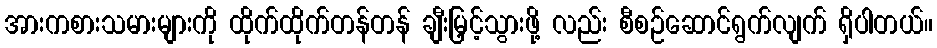
အားကစားသမားများကို ထိုက်ထိုက်တန်တန် ချီးမြှင့်သွားဖို့ လည်း စီစဉ်ဆောင်ရွက်လျက် ရှိပါတယ်။